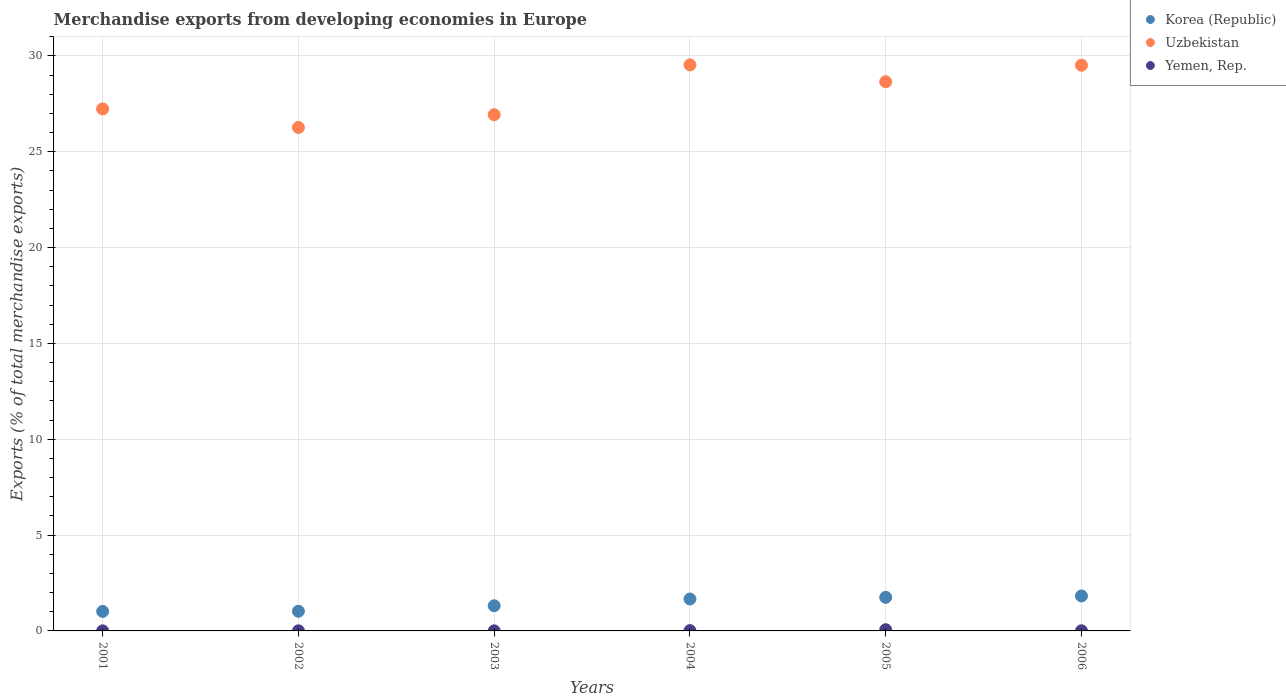
| Years | Korea (Republic) | Uzbekistan | Yemen, Rep. |
 | --- | --- | --- | --- |
 | 2001 | 1.02 | 27.2 | 0.00399 |
 | 2002 | 1.03 | 26.3 | 0.00587 |
 | 2003 | 1.31 | 26.9 | 0.00435 |
 | 2004 | 1.67 | 29.5 | 0.0163 |
 | 2005 | 1.75 | 28.7 | 0.0625 |
 | 2006 | 1.82 | 29.5 | 0.00817 |